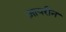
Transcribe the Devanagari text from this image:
ज़ायरीन